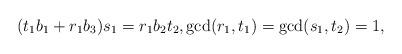
LaTeX: \begin{align*} (t_1b_1+r_1b_3)s_1=r_1b_2t_2, \gcd(r_1, t_1)=\gcd(s_1,t_2 )=1,\end{align*}